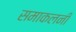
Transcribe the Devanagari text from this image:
समाकलनी